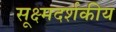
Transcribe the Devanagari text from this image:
सूक्ष्मदर्शकीय